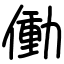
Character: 働